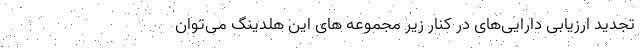
تجدید ارزیابی دارایی‌های در کنار زیر مجموعه های این هلدینگ می‌توان